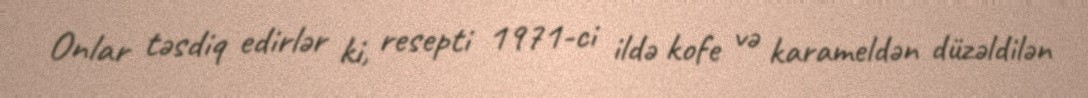
Onlar təsdiq edirlər ki, resepti 1971-ci ildə kofe və karameldən düzəldilən